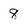
Character: 8